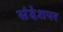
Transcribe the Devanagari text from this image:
संदेशपर